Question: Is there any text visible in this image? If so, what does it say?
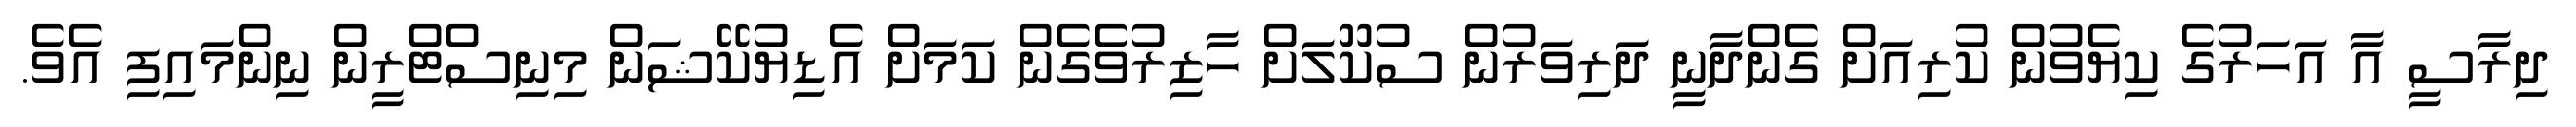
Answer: ދިރާސީ އާ އަހަރުގެ ކިޔެވުން ކުރިއަށް ގެންދާނީ ދަރިވަރުން ސުކޫލަށް ހާޒިރުވެގެން ކަމަށް އެޑިޔުކޭޝަން މިނިސްޓްރީން ނިންމައިފި އެވެ.